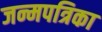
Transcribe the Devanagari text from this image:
जन्मपत्रिका